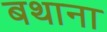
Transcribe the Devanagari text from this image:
बथाना